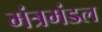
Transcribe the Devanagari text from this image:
मंत्रमंडल